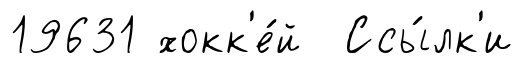
19631 хокк'е́й Ссы́лк'и